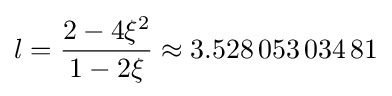
l={\frac {2-4\xi ^{2}}{1-2\xi }}\approx 3.528\,053\,034\,81